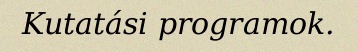
Kutatási programok.